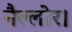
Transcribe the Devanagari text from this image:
नैल्‍लोर।